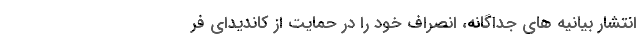
انتشار بیانیه ها‌ی جداگانه، انصراف خود را در حمایت از کاندیدای فر